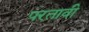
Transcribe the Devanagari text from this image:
परतावी